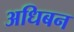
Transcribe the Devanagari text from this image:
अधिबन